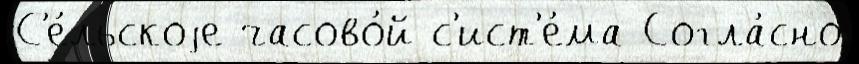
С'е́льскоjе часово́й с'ист'е́ма Согла́сно